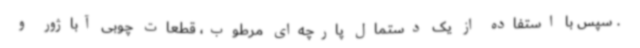
. سپس با استفاده از یک دستمال پارچه‌ای مرطوب، قطعات چوبی آباژور و